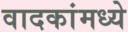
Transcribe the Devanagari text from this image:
वादकांमध्ये